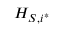
H _ { S , i ^ { * } }